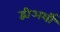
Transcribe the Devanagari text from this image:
द्वीअर्थी